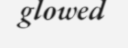
glowed